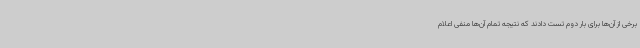
برخی از آن‌ها برای بار دوم تست دادند که نتیجه تمام آن‌ها منفی اعلام